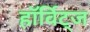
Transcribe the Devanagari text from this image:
हॉर्विट्ज